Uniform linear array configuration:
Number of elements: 8
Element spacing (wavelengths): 1
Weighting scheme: cosine
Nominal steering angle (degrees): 15
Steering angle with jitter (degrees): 13.66
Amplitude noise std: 0.05
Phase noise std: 0.05

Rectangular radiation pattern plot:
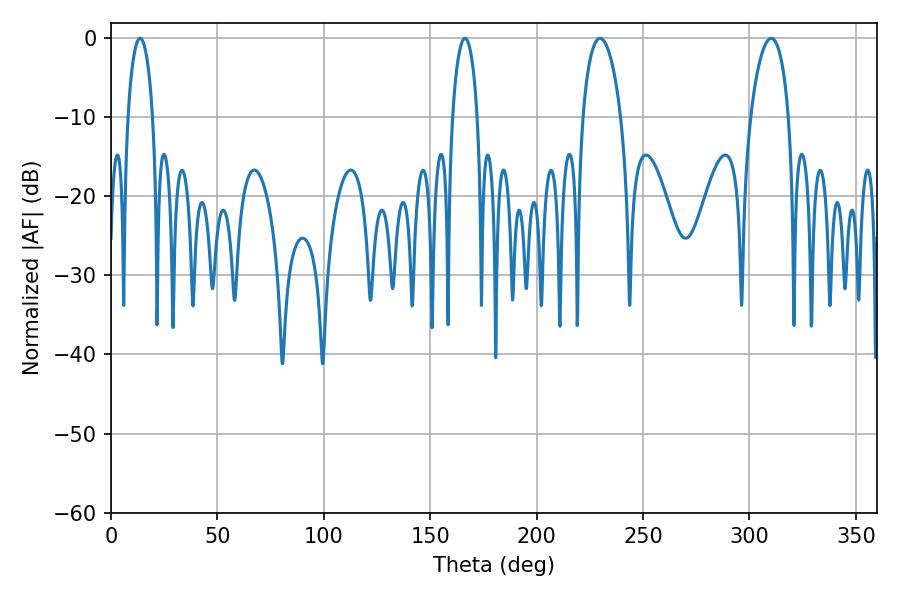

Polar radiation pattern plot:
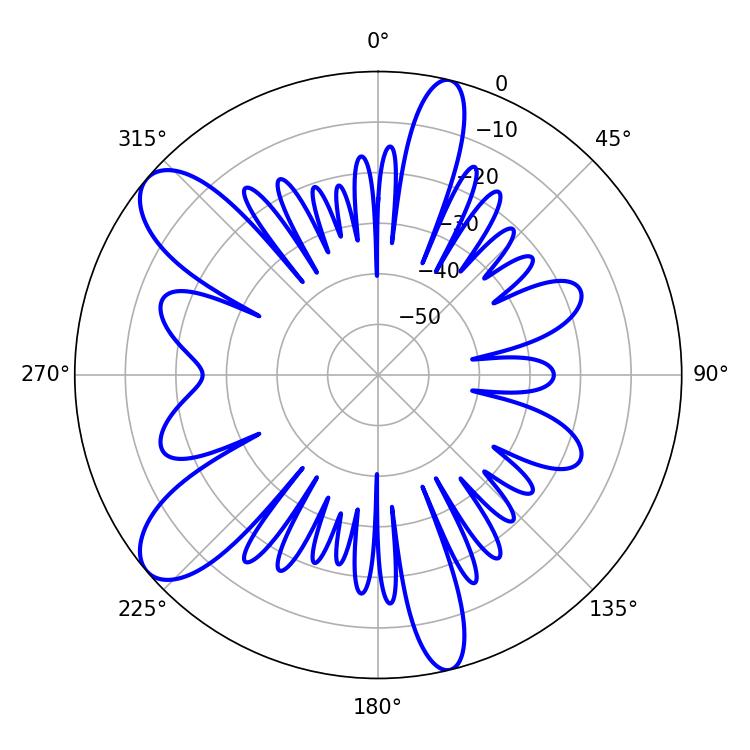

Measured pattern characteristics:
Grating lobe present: TRUE
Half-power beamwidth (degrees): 6.66
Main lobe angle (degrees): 13.68